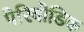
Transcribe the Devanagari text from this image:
पेरियोडिक